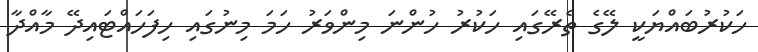
ހަކުރުބައްޔަކީ ލޭގެ ތެރޭގައި ހަކުރު ހުންނަ މިންވަރު ހަމަ މިނުގައި ހިފަހައްޓައިދޭ މާއްދާ